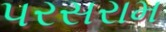
પરસરામ